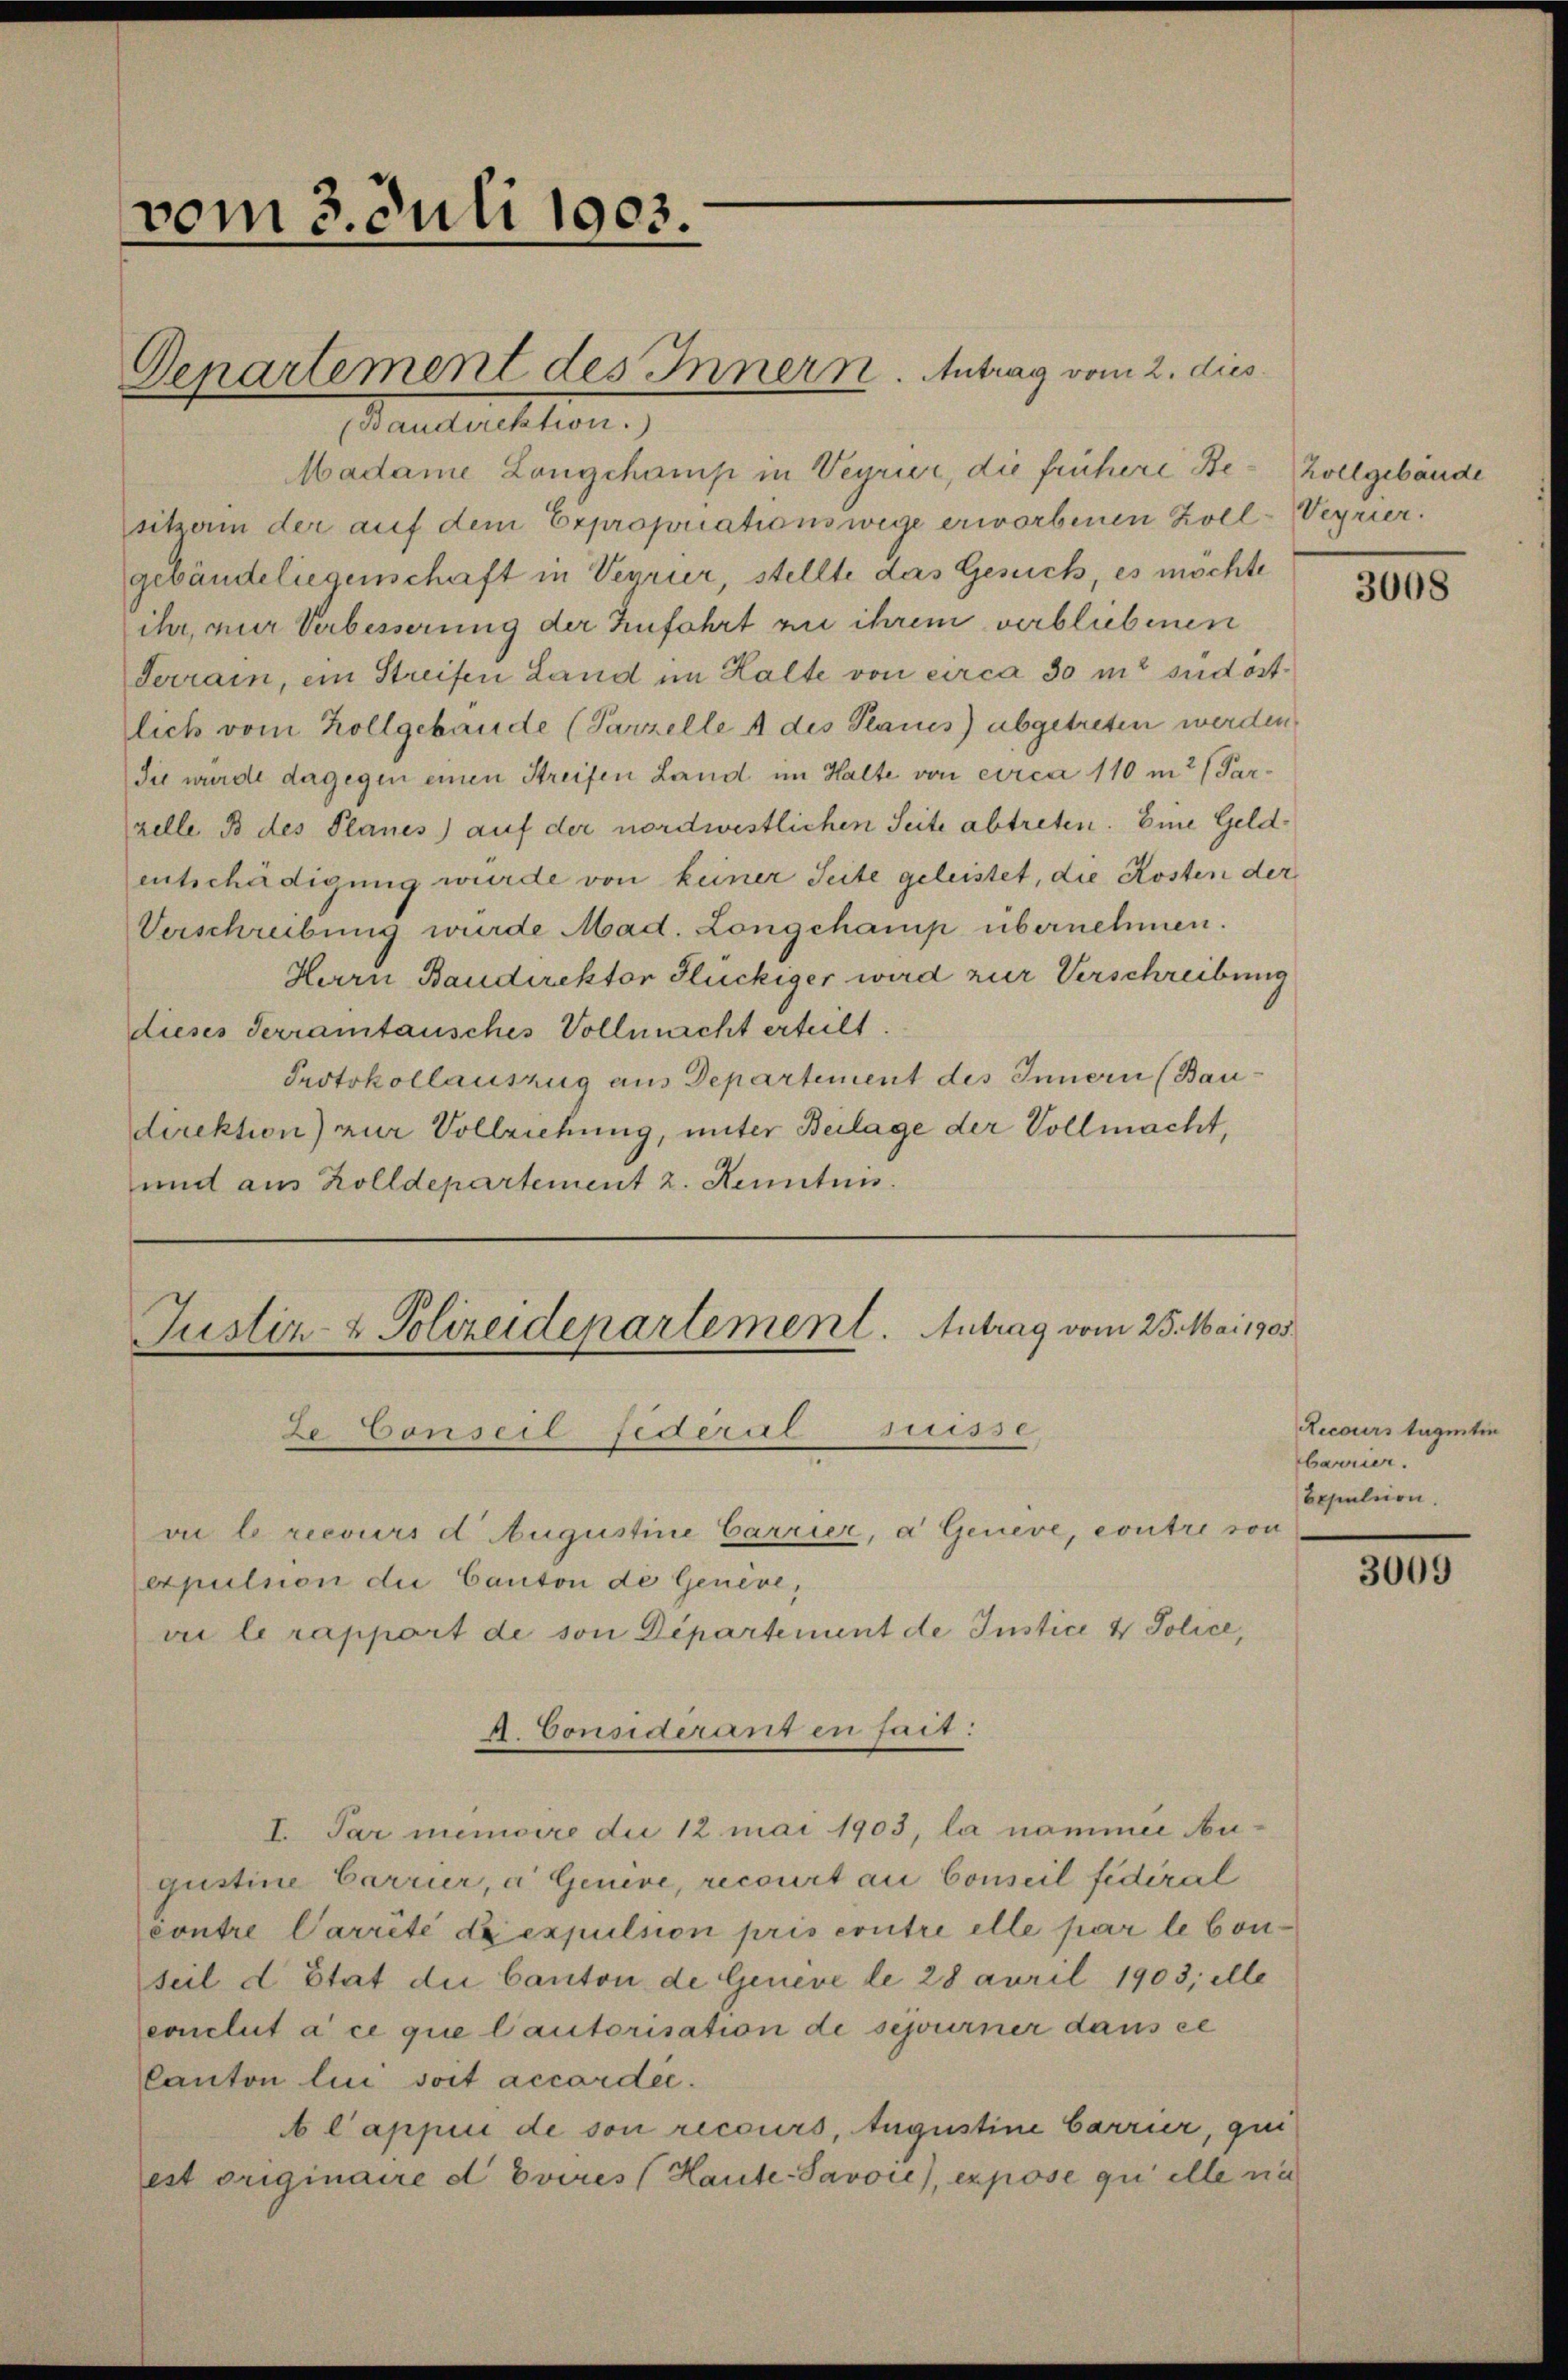
vom 3. Juli 1903.

Maelechten.
Madame Longchamp in Verrier, die frühere Be-Zollgebäude
sitzerin der auf dem Expropriationswege erworbenen Zoll-Verrier.
gebäudeliegenschaft in Verrier, stellte das Gesuch, es möchte
ihr, nur Verbesserung der Zufahrt zu ihrem verbliebenen
Terrain, ein Streifen Land im Halte von circa 30 m sudostlich vom hollgebäude (Parzelle 1 des Planes) abgetreten werden.
Sie wurde dagegen einen Streifen Land im Halte von circa 110 m2 (Parzelle B des Planes) auf der nordwestlichen Seite abtreten. Eine Geldentschädigung wurde von keiner Seite geleistet, die Kosten der
Verschreibung wurde Mad. Longchamp übernehmen.
Herrn Baudirektor Glückiger wird zur Verschreibung
dieses Serramtausches Vollmacht erteilt
Protokollauszug aus Departement des Innern (Baudirektion) zur Vollziehung, unter Beilage der Vollmacht,
und aus Zolldepartement 2. Kenntnis.

Genartement des Innern. Antrag vom 2. dies

Justiz- & Polizeidepartement. Antrag vom 25. Mai 1905
2e Conseil federal Musse,
vie le recours d. Augustine Carrier, a Geneve, contre von

4. Considéranten fait:

Axpulsion die Canton de Genève,
vi le rapport de son Departement de Instice & Police,
I. Par memoire die 12 mai 1903, la nammie Au-
gustine Carrier, a Genève, recourt au Conseil fidéral
contre Carrite Lexpulsion pris erstre elle par le Conseil d Etat die Canton de Geneve le 28 april 1903; elle
conclut à ce que l’autorisation de schourner dans ce
Canton lui soit accordée.
 l’appui de son recours, Augustine barrier, qui
est originaire d Evires Haute-Savoie), expose qui elle nie

3008

ecours tagentin
barrier.
Bepulsion.

3009